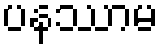
ပနဿာမ